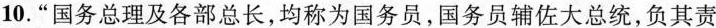
10.”国务总理及各部总长，均称为国务员，国务员辅佐大总统，负其责